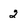
Character: 2